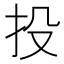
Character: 投